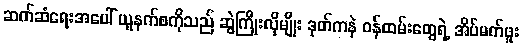
ဆက်ဆံရေးအပေါ် ယူနက်စကိုသည် ဆွဲကြိုးလိုမျိုး ဒုတ်ကနဲ ဝန်ထမ်းတွေရဲ့ အိပ်မက်ဖူး